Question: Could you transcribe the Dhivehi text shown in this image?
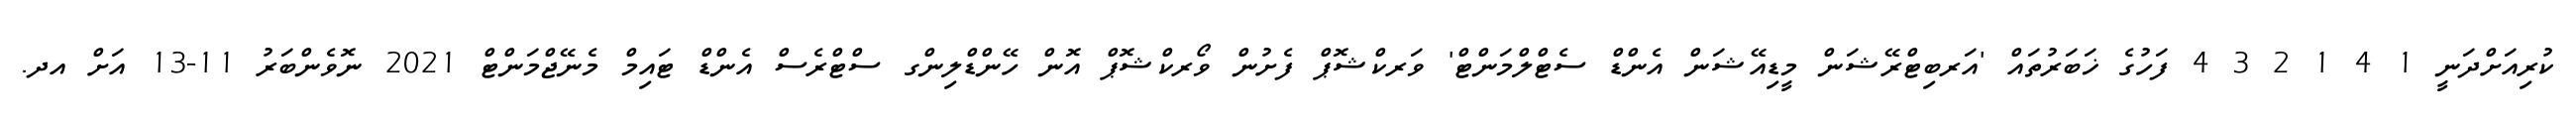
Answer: ކުރިއަށްދަނީ 1 4 1 2 3 4 ފަހުގެ ޚަބަރުތައް 'އަރބިޓްރޭޝަން މީޑިއޭޝަން އެންޑް ސެޓްލްމަންޓް' ވަރކްޝޮޕް ފެށުން ވޯރކްޝޮޕް އޮން ހޭންޑްލިންގ ސްޓްރެސް އެންޑް ޓައިމް މެނޭޖްމަންޓް 2021 ނޮވެންބަރު 11-13 އަށް އދ.